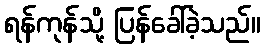
ရန်ကုန်သို့ ပြန်ခေါ်ခဲ့သည်။